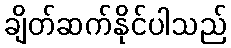
ချိတ်ဆက်နိုင်ပါသည်